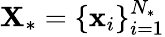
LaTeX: \textbf{X}_{*}=\{ \textbf{x}_{i}\} _{i=1}^{N_{*}}